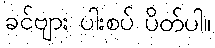
ခင်ဗျား ပါးစပ် ပိတ်ပါ။